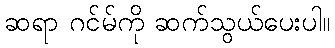
ဆရာ ဂင်မ်ကို ဆက်သွယ်ပေးပါ။